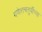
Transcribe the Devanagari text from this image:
गणेशचतुर्थीच्या